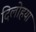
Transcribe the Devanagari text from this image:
दिलोहया